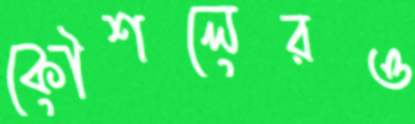
কৌশলেরও